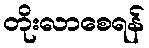
တိုးလာစေရန်